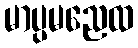
မာပ္ပမညေထ